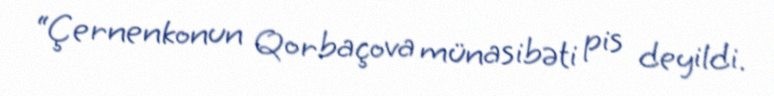
“Çernenkonun Qorbaçova münasibəti pis deyildi.